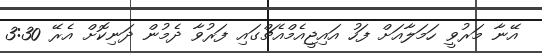
އޭނާ މަރުވީ ހަމަލާއަށް ފަހު އައިޖީއެމްއެޗްގައި ފަރުވާ ދެމުން ދަނިކޮށް އެރޭ 3:30